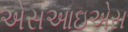
એસઆઇએસ